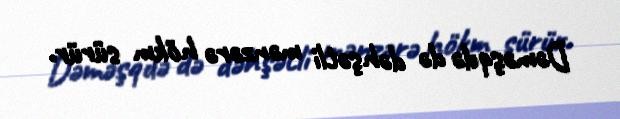
Dəməşqdə də dəhşətli mənzərə hökm sürür.